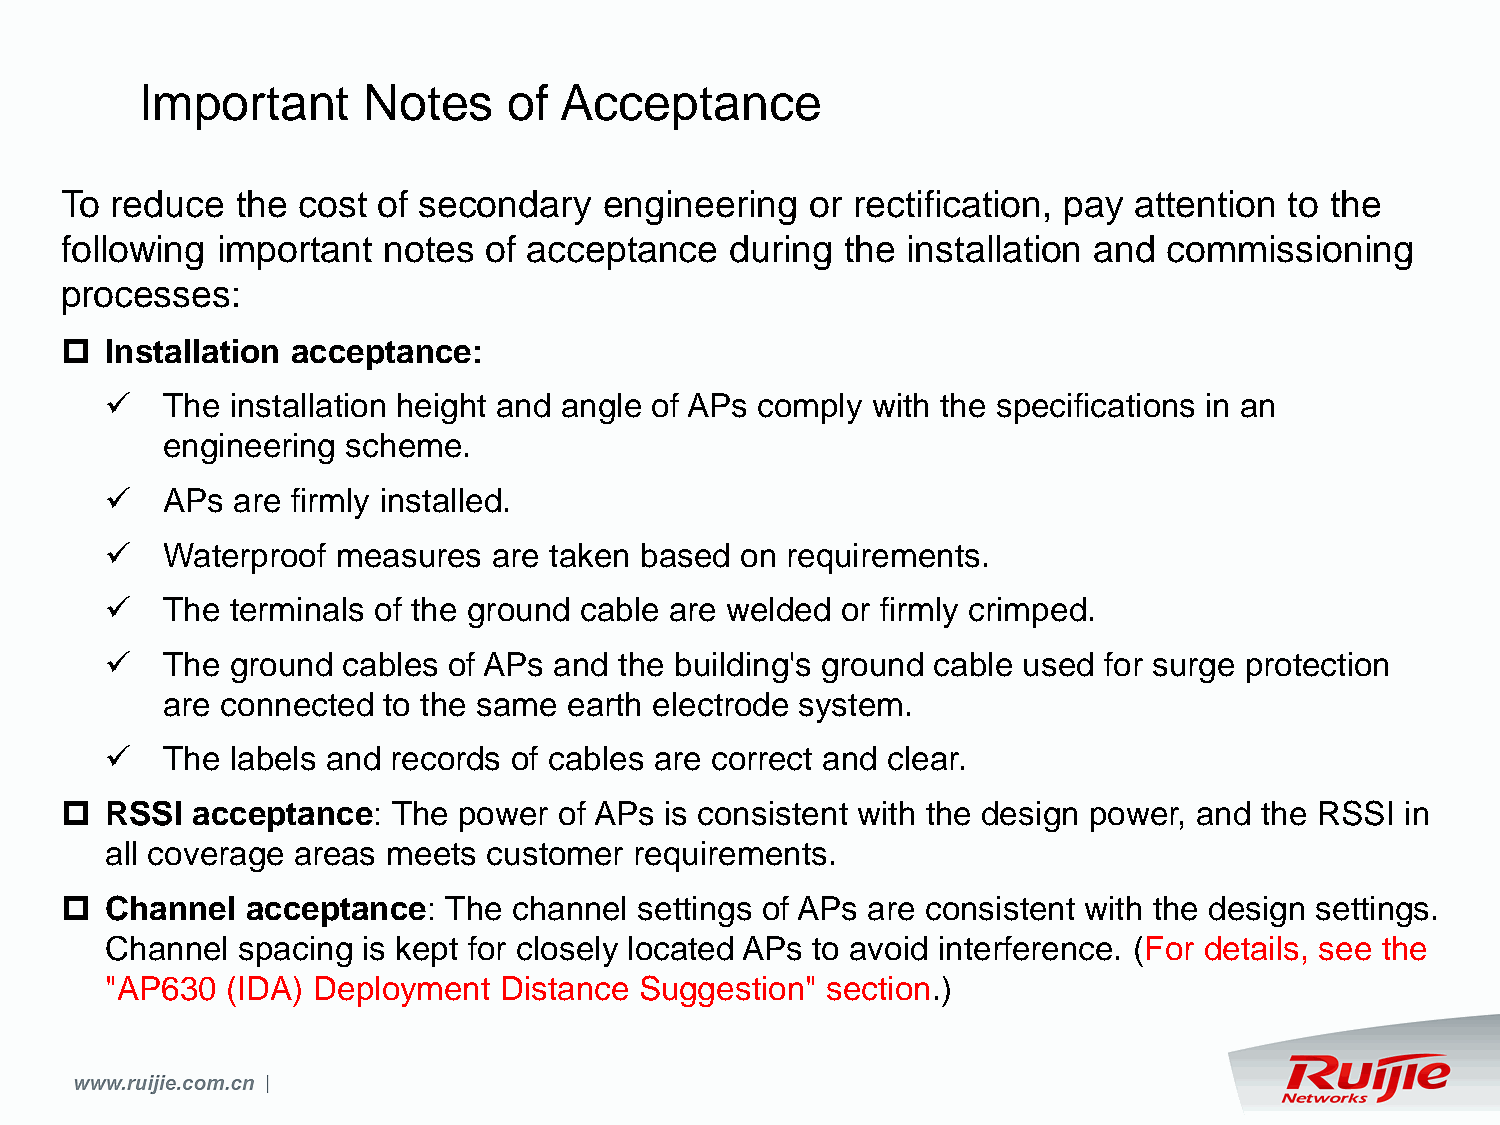
Important      Notes     of Acceptance
 To reduce   the cost of secondary   engineering   or rectification, pay attention to the
 following important  notes  of acceptance   during  the installation and commissioning
 processes:
   Installation acceptance:
    The installation height and angle of APs comply with the specifications in an
 engineering scheme.
    APs are firmly installed.
    Waterproof measures   are taken based on requirements.
    The terminals of the ground cable are welded or firmly crimped.
    The ground  cables of APs and the building's ground cable used for surge protection
 are connected to the same  earth electrode system.
    The labels and records of cables are correct and clear.
   RSSI  acceptance:  The power  of APs is consistent with the design power, and the RSSI in
 all coverage areas meets customer  requirements.
   Channel  acceptance:  The  channel settings of APs are consistent with the design settings.
 Channel  spacing is kept for closely located APs to avoid interference. (For details, see the
 "AP630  (IDA) Deployment  Distance Suggestion"  section.)